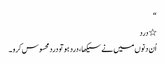
“
٭ درد
اُن دنوں میں نے سیکھا ، درد ہو تو دردمحسوس کرو ۔